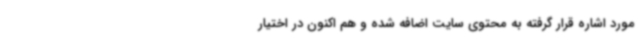
مورد اشاره قرار گرفته به محتوی سایت اضافه شده و هم اکنون در اختیار